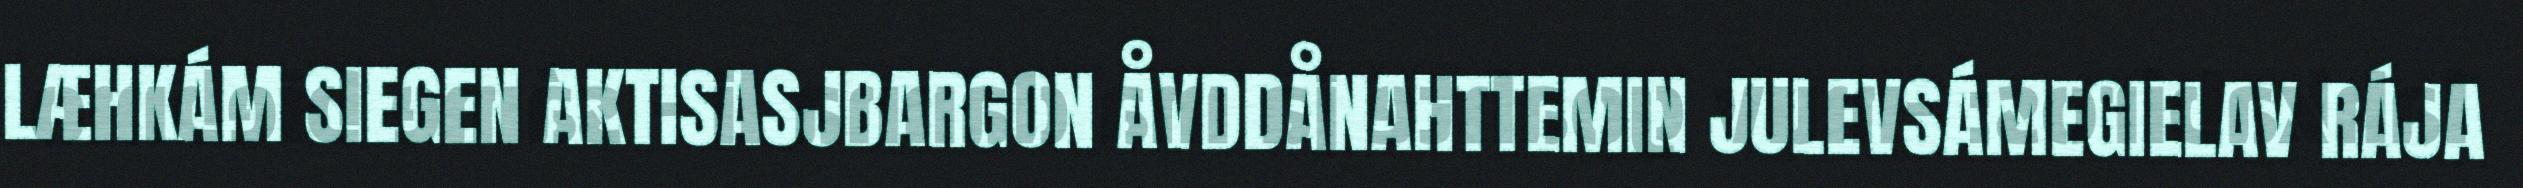
LÆHKÁM SIEGEN AKTISASJBARGON ÅVDDÅNAHTTEMIN JULEVSÁMEGIELAV RÁJA